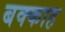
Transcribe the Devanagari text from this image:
बक्काह